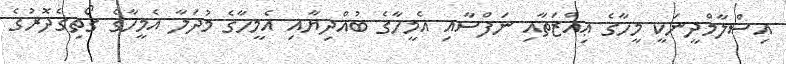
އިސްލާމްދީނަކީ މީހާގެ ޢިއްޒަތާއި ނަފްސާއި އެމީހާގެ ބުއްދިޔާއި އެމީހާގެ މުދަލާ އެމީހާގެ ގޯތިގެދޮރުގެ